Report on vaccination in Madras 1904-1921 - 1904-1921
Year: 1904
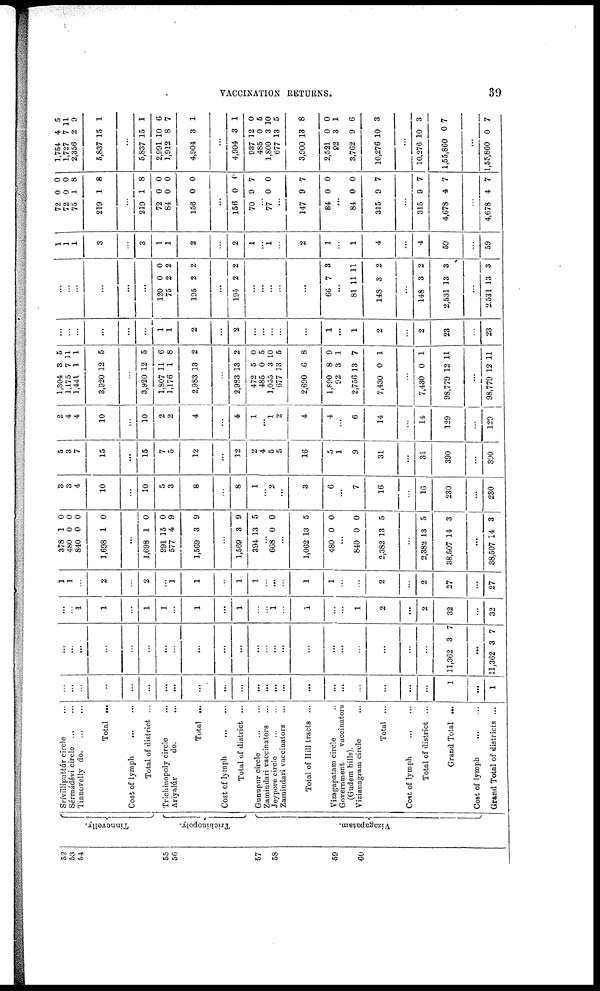
VACCINATION RETURNS.
39
52
53
54
55
56
57
58
59
60
Tinnevelly.
Trichinopoly.
Vizagapatam.
Sríviiliputtúr circle...
Sérmádévi
circle...
...
Tinnevelly d
o
. ... ...
Total ...
Cost of
lymph...
...
Total of district ...
Trichinopoly circle...
Ariyalúr
do.
Total ...
Cost of
lymph...
...
Total of district ...
Gunupur
circle...
...
Zamindari vaccinators...
Jeypore circle... ...
Zamindari vaccinators...
Total of Hill tracts ...
Vizagapatam circle...
Government
vaccinators
(Gudem hills).
Vizianagram circle...
Total ...
Cost of lymph
Total of district ...
Grand Total ...
Cost of
lymph...
...
Grand Total of districts ...
...
...
...
...
...
...
...
...
...
...
...
...
...
...
...
...
...
...
...
...
...
...
1
...
1
...
...
...
...
...
...
...
...
...
...
...
...
... ...
...
...
...
...
...
...
...
...
11,362 3 7
...
11,362 3 7
...
...
1
1
...
1
1
...
1
...
1
...
... 1
...
1
...
...
1
2
...
2
32
...
32
1
1
...
2
...
2
...
1
1
...
1
1
... ...
...
1
1
...
...
2
2
27
...
27
378
480
840
1,698
1
0
0
1
0
0
0
0
...
1,698
991
577
1,569
1
15
4
3
0
0
9
9
...
1,569
394
... 668
3
13
...
0
9
5
...
0
...
1,062
480
13
0
5
0
...
840
2,382
0
13
0
5
...
2,382
38,507
13
14
5
3
...
38,507 14 3
3
3
4
10
...
10
5
3
8
...
8
1
...
2
...
3
6
...
7
16
16
230
...
230
5
3
7
15
...
15
7
5
12
...
32
2
4
5
5
16
5
1
9
31
...
31
390
...
390
2
4
4
10
...
10
2
2
4
...
4
1
...
1
2
4
4
...
6
14
...
14
129
...
129
1,304
1,175
1,441
3,920
3
7
1
12
5
11
1
5
...
3,920
1,807
1,176
2,983
12
11
1
13
5
6
8
2
...
2,983
472
485
1,055
677
2,690
1,890
92
2,756
7,430
13
5
0
3
13
6
8
3
13
0
2
0
5
10
5
8
9
1
7
1
...
7,430
98,779
0
12
1
11
...
98,779 12 11
...
...
...
...
...
...
1
1
2
...
2
...
...
...
...
...
1
...
1
2
2
23
...
23
...
...
...
...
...
...
120
75
195
0
2
2
0
2
2
...
195 2 2
...
...
...
...
...
66 7 3
...
81
14S
11
3
11
2
148
2,531
3
13
2
3
...
2,531 13 3
1
1
1
3
...
3
1
1
2
...
2
1
...
1
...
2
1
...
1
4
...
4
59
...
59
72
72
75
219
0
0
1
1
0
0
8
8
...
219
72
84
156
1
0
0
0
8
0
0
0
...
156
70
0
9
0
7
...
77 0 0
...
147
84
9
0
7
0
...
84
315
0
9
0
7
...
315
4,678
9
4
7
7
...
4,678 4 7
1,754
1,727
2,356
5,837
4
7
2
15
5
11
9
1
...
5,837
2,991
1,912
4,904
15
10
8
3
1
6
7
1
...
4,904
937
485
1,800
677
3,900
2,521
82
3,762
10,276
3
12
0
3
13
13
0
3
9
10
1
0
5
10
5
8
0
1
6
3
...
10.276
1,55,860
10
0
3
7
...
1,55,860 0 7